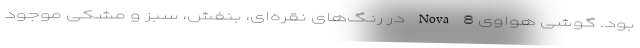
بود. گوشی هواوی Nova 8 در رنگ‌های نقره‌ای، بنفش، سبز و مشکی موجود